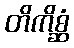
တိကိစ္ဆံ